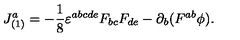
J _ { ( 1 ) } ^ { a } = - \frac { 1 } { 8 } \varepsilon ^ { a b c d e } F _ { b c } F _ { d e } - \partial _ { b } ( F ^ { a b } \phi ) .